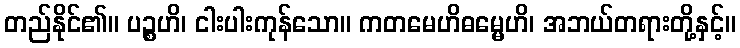
တည်နိုင်၏။ ပဉ္စဟိ၊ ငါးပါးကုန်သော။ ကတမေဟိဓမ္မေဟိ၊ အဘယ်တရားတို့နှင့်။